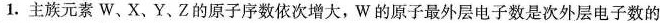
1.主族元素W、X、Y、Z的原子序数依次增大，W的原子最外层电子数是次外层电子数的